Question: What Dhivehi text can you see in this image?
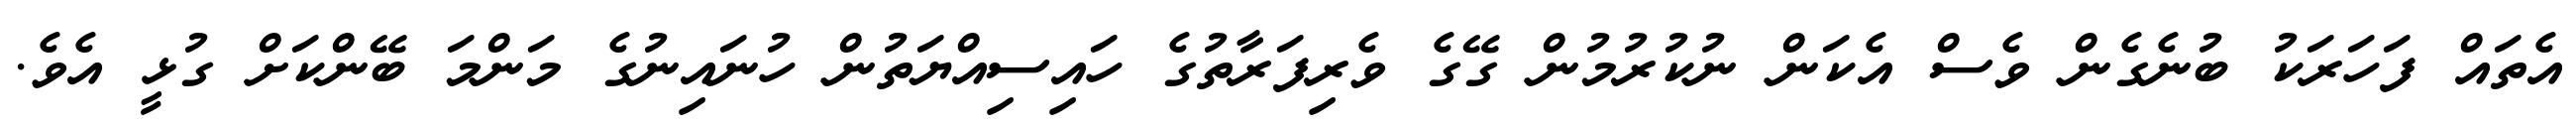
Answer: އެތައް ފަހަރަކު ބުނެގެން ވެސް އެކަން ނުކުރުމުން ގޭގެ ވެރިފަރާތުގެ ހައިސިއްޔަތުން ހުނައިނުގެ މަންމަ ބޭންކަށް ގުޅީ އެވެ.